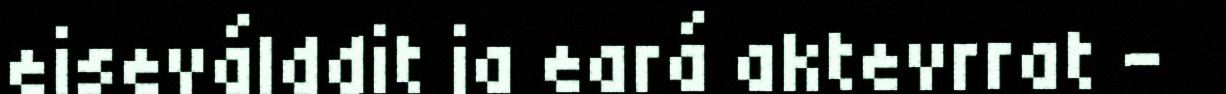
eiseválddit ja eará aktevrrat –